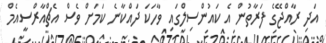
އަދި ރާއްޖޭގެ ފަރާތުން އެ ކައުންސިލްގައި ވާހަކަ ދައްކާނެ ކަމަށް ވެސް އެޗްއާރްސީއެމް